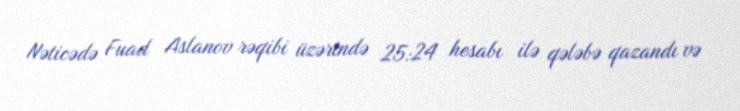
Nəticədə Fuad Aslanov rəqibi üzərində 25:24 hesabı ilə qələbə qazandı və